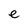
Character: e